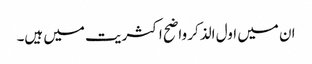
ان میں اول الذکر واضح اکثریت میں ہیں۔